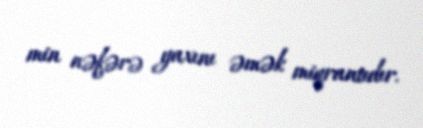
min nəfərə yaxını əmək miqrantıdır.